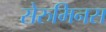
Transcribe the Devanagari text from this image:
सेरुमिनस